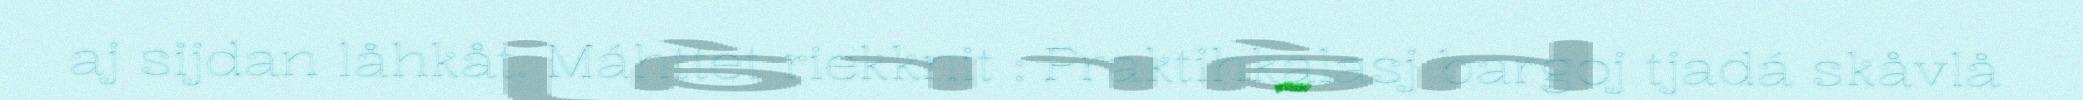
aj sijdan låhkåt. Máhttet riekknit : Praktihkalasj bargoj tjadá skåvlå